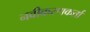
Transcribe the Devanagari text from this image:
नवीकरणकर्ता